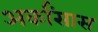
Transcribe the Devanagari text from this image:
अर्कांसास